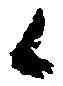
候